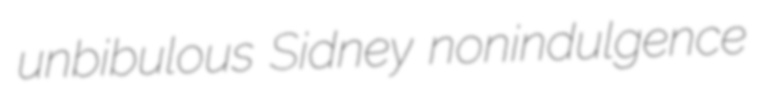
unbibulous Sidney nonindulgence